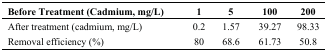
<table><thead><tr><td><b>Before Treatment (Cadmium, mg/L) </b></td><td><b>1</b></td><td><b>5</b></td><td><b>100</b></td><td><b>200</b></td></tr></thead><tbody><tr><td>After treatment (cadmium, mg/L) </td><td>0.2</td><td>1.57</td><td>39.27</td><td>98.33</td></tr><tr><td>Removal efficiency (%)</td><td>80</td><td>68.6</td><td>61.73</td><td>50.8</td></tr></tbody></table>